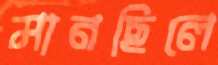
মানছিলে